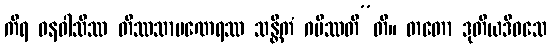
ကိရ ဝနဝါသိဿ တိဿသာမဏေရဿ သန္တိကံ ဂမိဿတီ”တိ။ တတော ဒုတိယဒိဝသေ